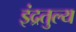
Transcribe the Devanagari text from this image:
इंद्रतुल्य